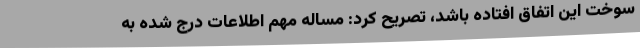
سوخت این اتفاق افتاده باشد، تصریح کرد: مساله مهم اطلاعات درج شده به